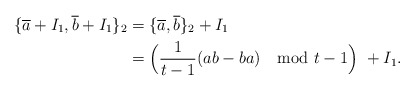
\begin{align*}\{\overline{a} + I_1,\overline{b} + I_1\}_2 &= \{\overline{a},\overline{b}\}_2 + I_1 \\&= \Big(\frac{1}{t-1}(ab-ba) \mod t-1\Big) \ + I_1.\end{align*}